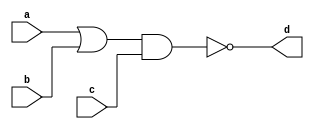
`timescale 1ns / 1ps

module bool2_b(
input a,b,c,
output d
    );
assign d = ~((a|b)&c);
endmodule